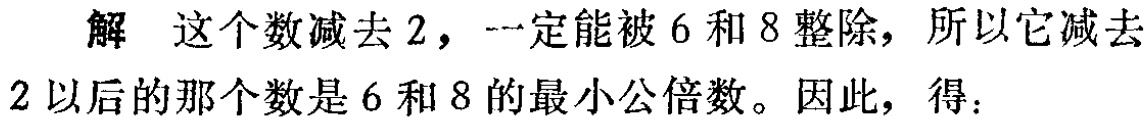
解 这个数减去 2，一定能被 6 和 8 整除，所以它减去

2 以后的那个数是 6 和 8 的最小公倍数。因此，得：